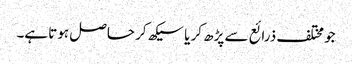
جو مختلف ذرائع سے پڑھ کر یا سیکھ کر حاصل ہوتا ہے۔